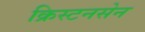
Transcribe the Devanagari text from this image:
क्रिस्टनसेन